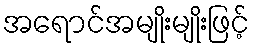
အရောင်အမျိုးမျိုးဖြင့်